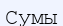
Сумы